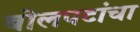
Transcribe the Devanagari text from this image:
बोलपटांचा